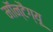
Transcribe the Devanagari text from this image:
मॉन्टैग्यू